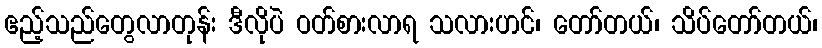
ဧည့်သည်တွေလာတုန်း ဒီလိုပဲ ဝတ်စားလာရ သလားဟင်၊ တော်တယ်၊ သိပ်တော်တယ်၊